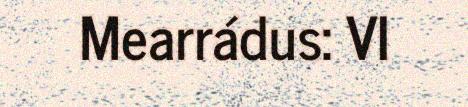
Mearrádus: VI